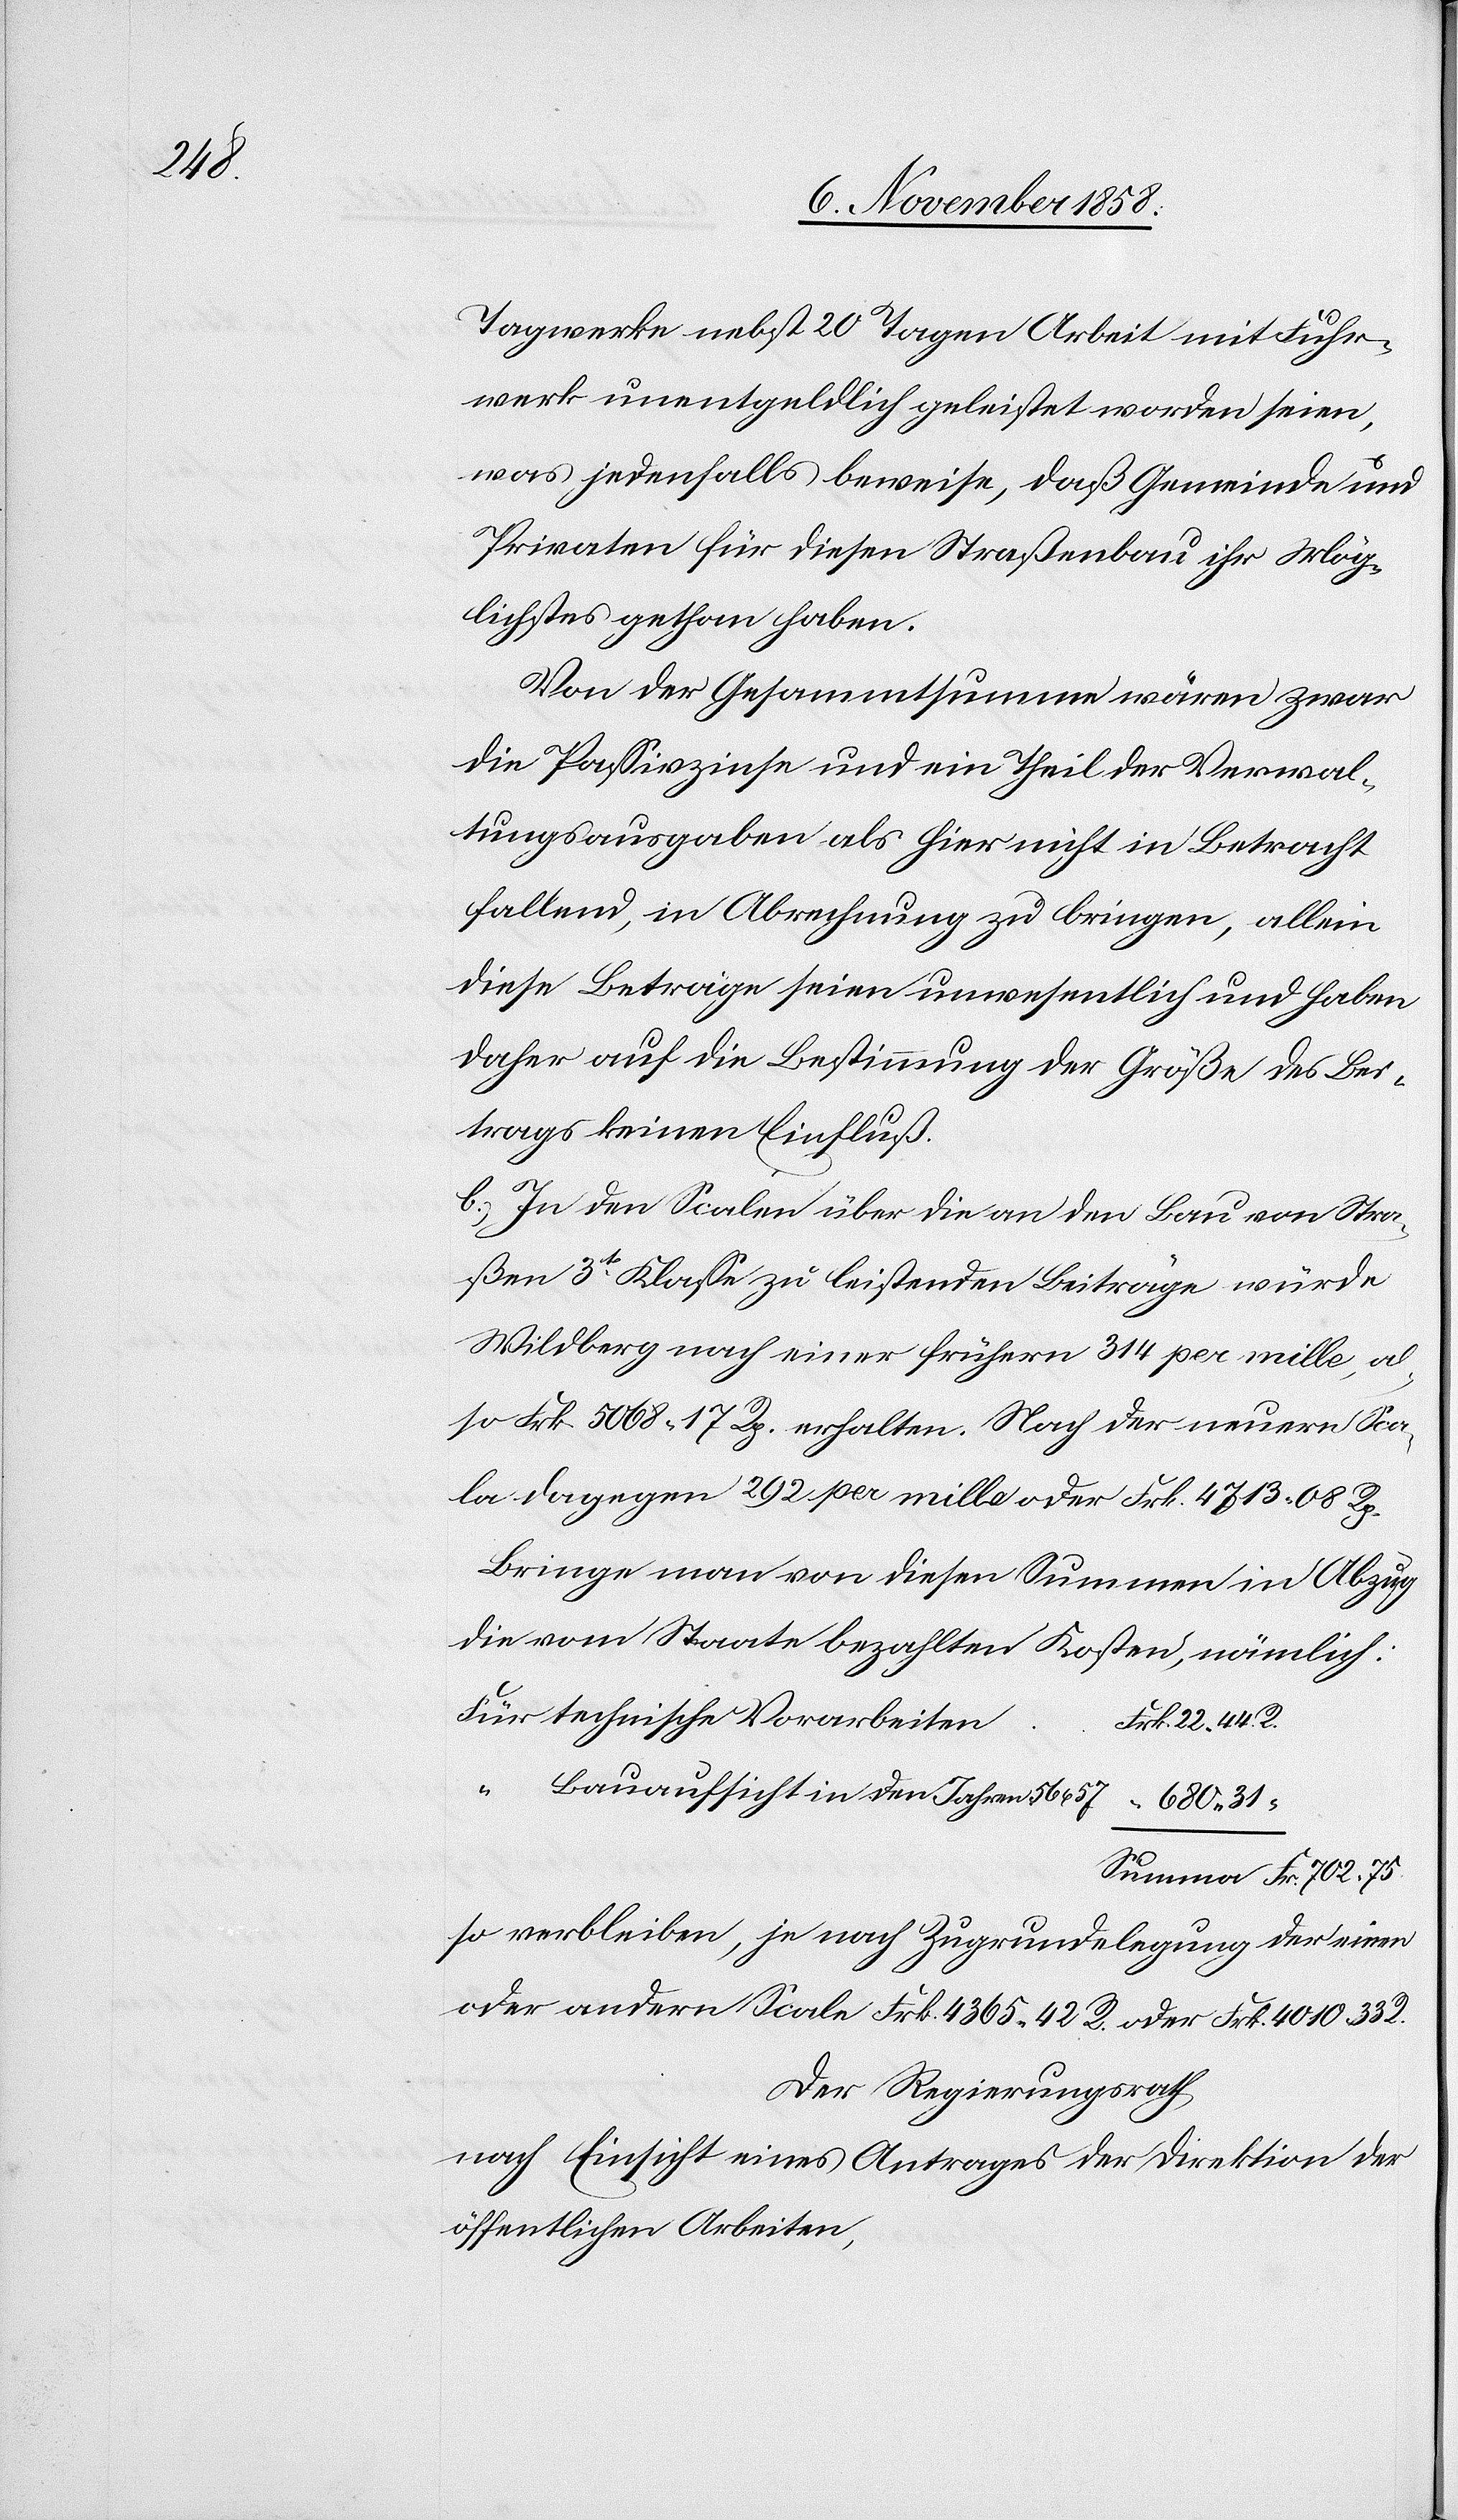
31

Tagwerke nebst 20 Tagen Arbeit mit Fuhr¬
werk unentgeldlich geleistet worden seien,
was jedenfalls beweise, daß Gemeinde und
Privaten für diesen Straßenbau ihr Mög¬
lichstes gethan haben.
Von der Gesammtsumme wären zwar
die Passivzinse und ein Theil der Verwal¬
tungsausgaben als hier nicht in Betracht
fallend, in Abrechnung zu bringen, allein
diese Beträge seien unwesentlich und haben
daher auf die Bestimmung der Größe des Bei¬
trags keinen Einfluß.
b.) In den Scalen über die an den Bau von Stra¬
ßen 3t Klasse zu leistenden Beiträge würde
Wildberg nach einer frühern 314 per mille, al¬
so Frk. 5068 17 Rp. erhalten. Nach der neuern Sca¬
la dagegen 292 per mille oder Frk. 4713 08 Rp.
Bringe man von diesen Summen in Abzug
die vom Staate bezahlten Kosten, nämlich:
Für technische Vorarbeiten
Fr. 702. 75.
“ Bauaufsicht in den Jahren 56 u.
so verbleiben, je nach Zugrundelegung der einen
oder andern Scale Frk. 4365. 42 R. oder Frk. 4010 33 R.
Der Regierungsrath
nach Einsicht eines Antrages der Direktion der
öffentlichen Arbeiten,